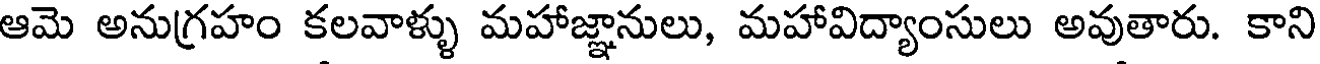
ఆమె అనుగ్రహం కలవాళ్ళు మహాజ్ఞానులు, మహావిద్యాంసులు అవుతారు. కాని